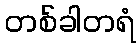
တစ်ခါတရံ